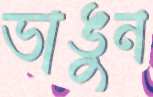
ভাঙুন